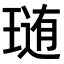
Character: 𤨂